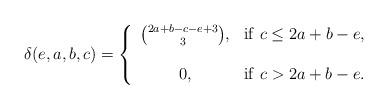
LaTeX: \begin{align*}\delta(e,a,b,c)=\left\{\begin{array}{cc}\binom{2a+b-c-e+3}{3}, & \mathrm{if}\ c\le 2a+b-e, \\& \\0, & \mathrm{if}\ c>2a+b-e.\end{array}\right.\end{align*}